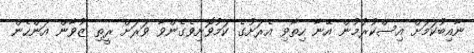
ނާއިބުކަމަށް އިސްކުރުމުން އޭނާ ހިތާވި އެރަށުގެ ކަމުވޮށިވެގެންވާ ވަރަށް ރީތި ޒުވާން އަންހެން